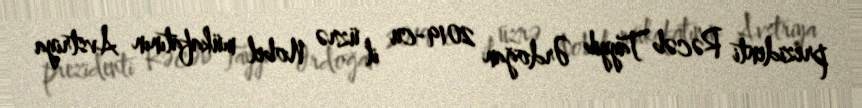
prezidenti Rəcəb Tayyib Ərdoğan 2019-cu il üzrə Nobel mükafatının Avstriya